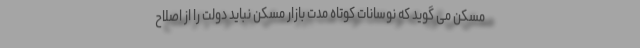
مسکن می گوید که نوسانات کوتاه مدت بازار مسکن نباید دولت را از اصلاح